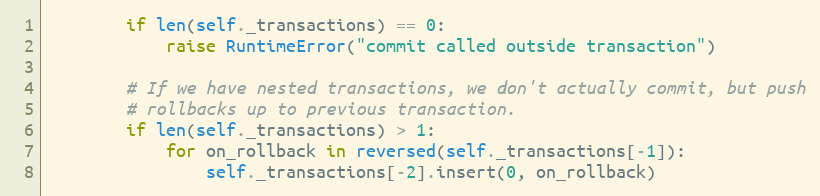
Language: Python
        if len(self._transactions) == 0:
            raise RuntimeError("commit called outside transaction")

        # If we have nested transactions, we don't actually commit, but push
        # rollbacks up to previous transaction.
        if len(self._transactions) > 1:
            for on_rollback in reversed(self._transactions[-1]):
                self._transactions[-2].insert(0, on_rollback)